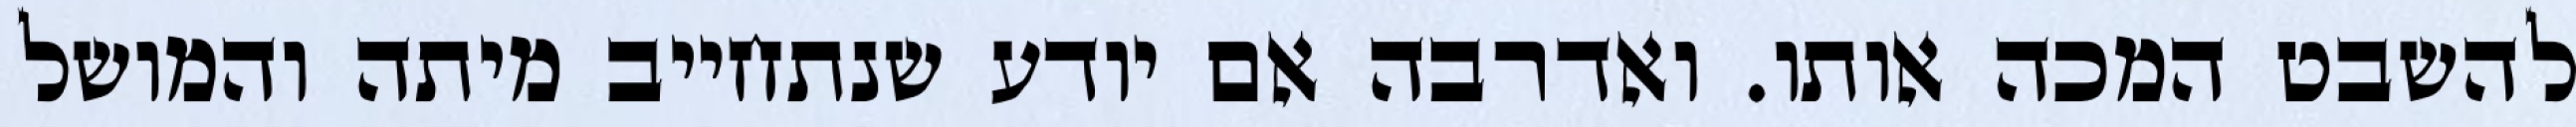
להשבט המכה אותו. ואדרבה אם יודע שנתחייב מיתה והמושל